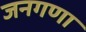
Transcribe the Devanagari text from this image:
जनगणा